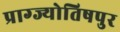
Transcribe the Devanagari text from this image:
प्राग्ज्योतिषपुर